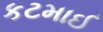
કટમાઈ